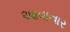
આવાનાર